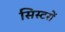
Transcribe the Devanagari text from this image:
सिस्टरों